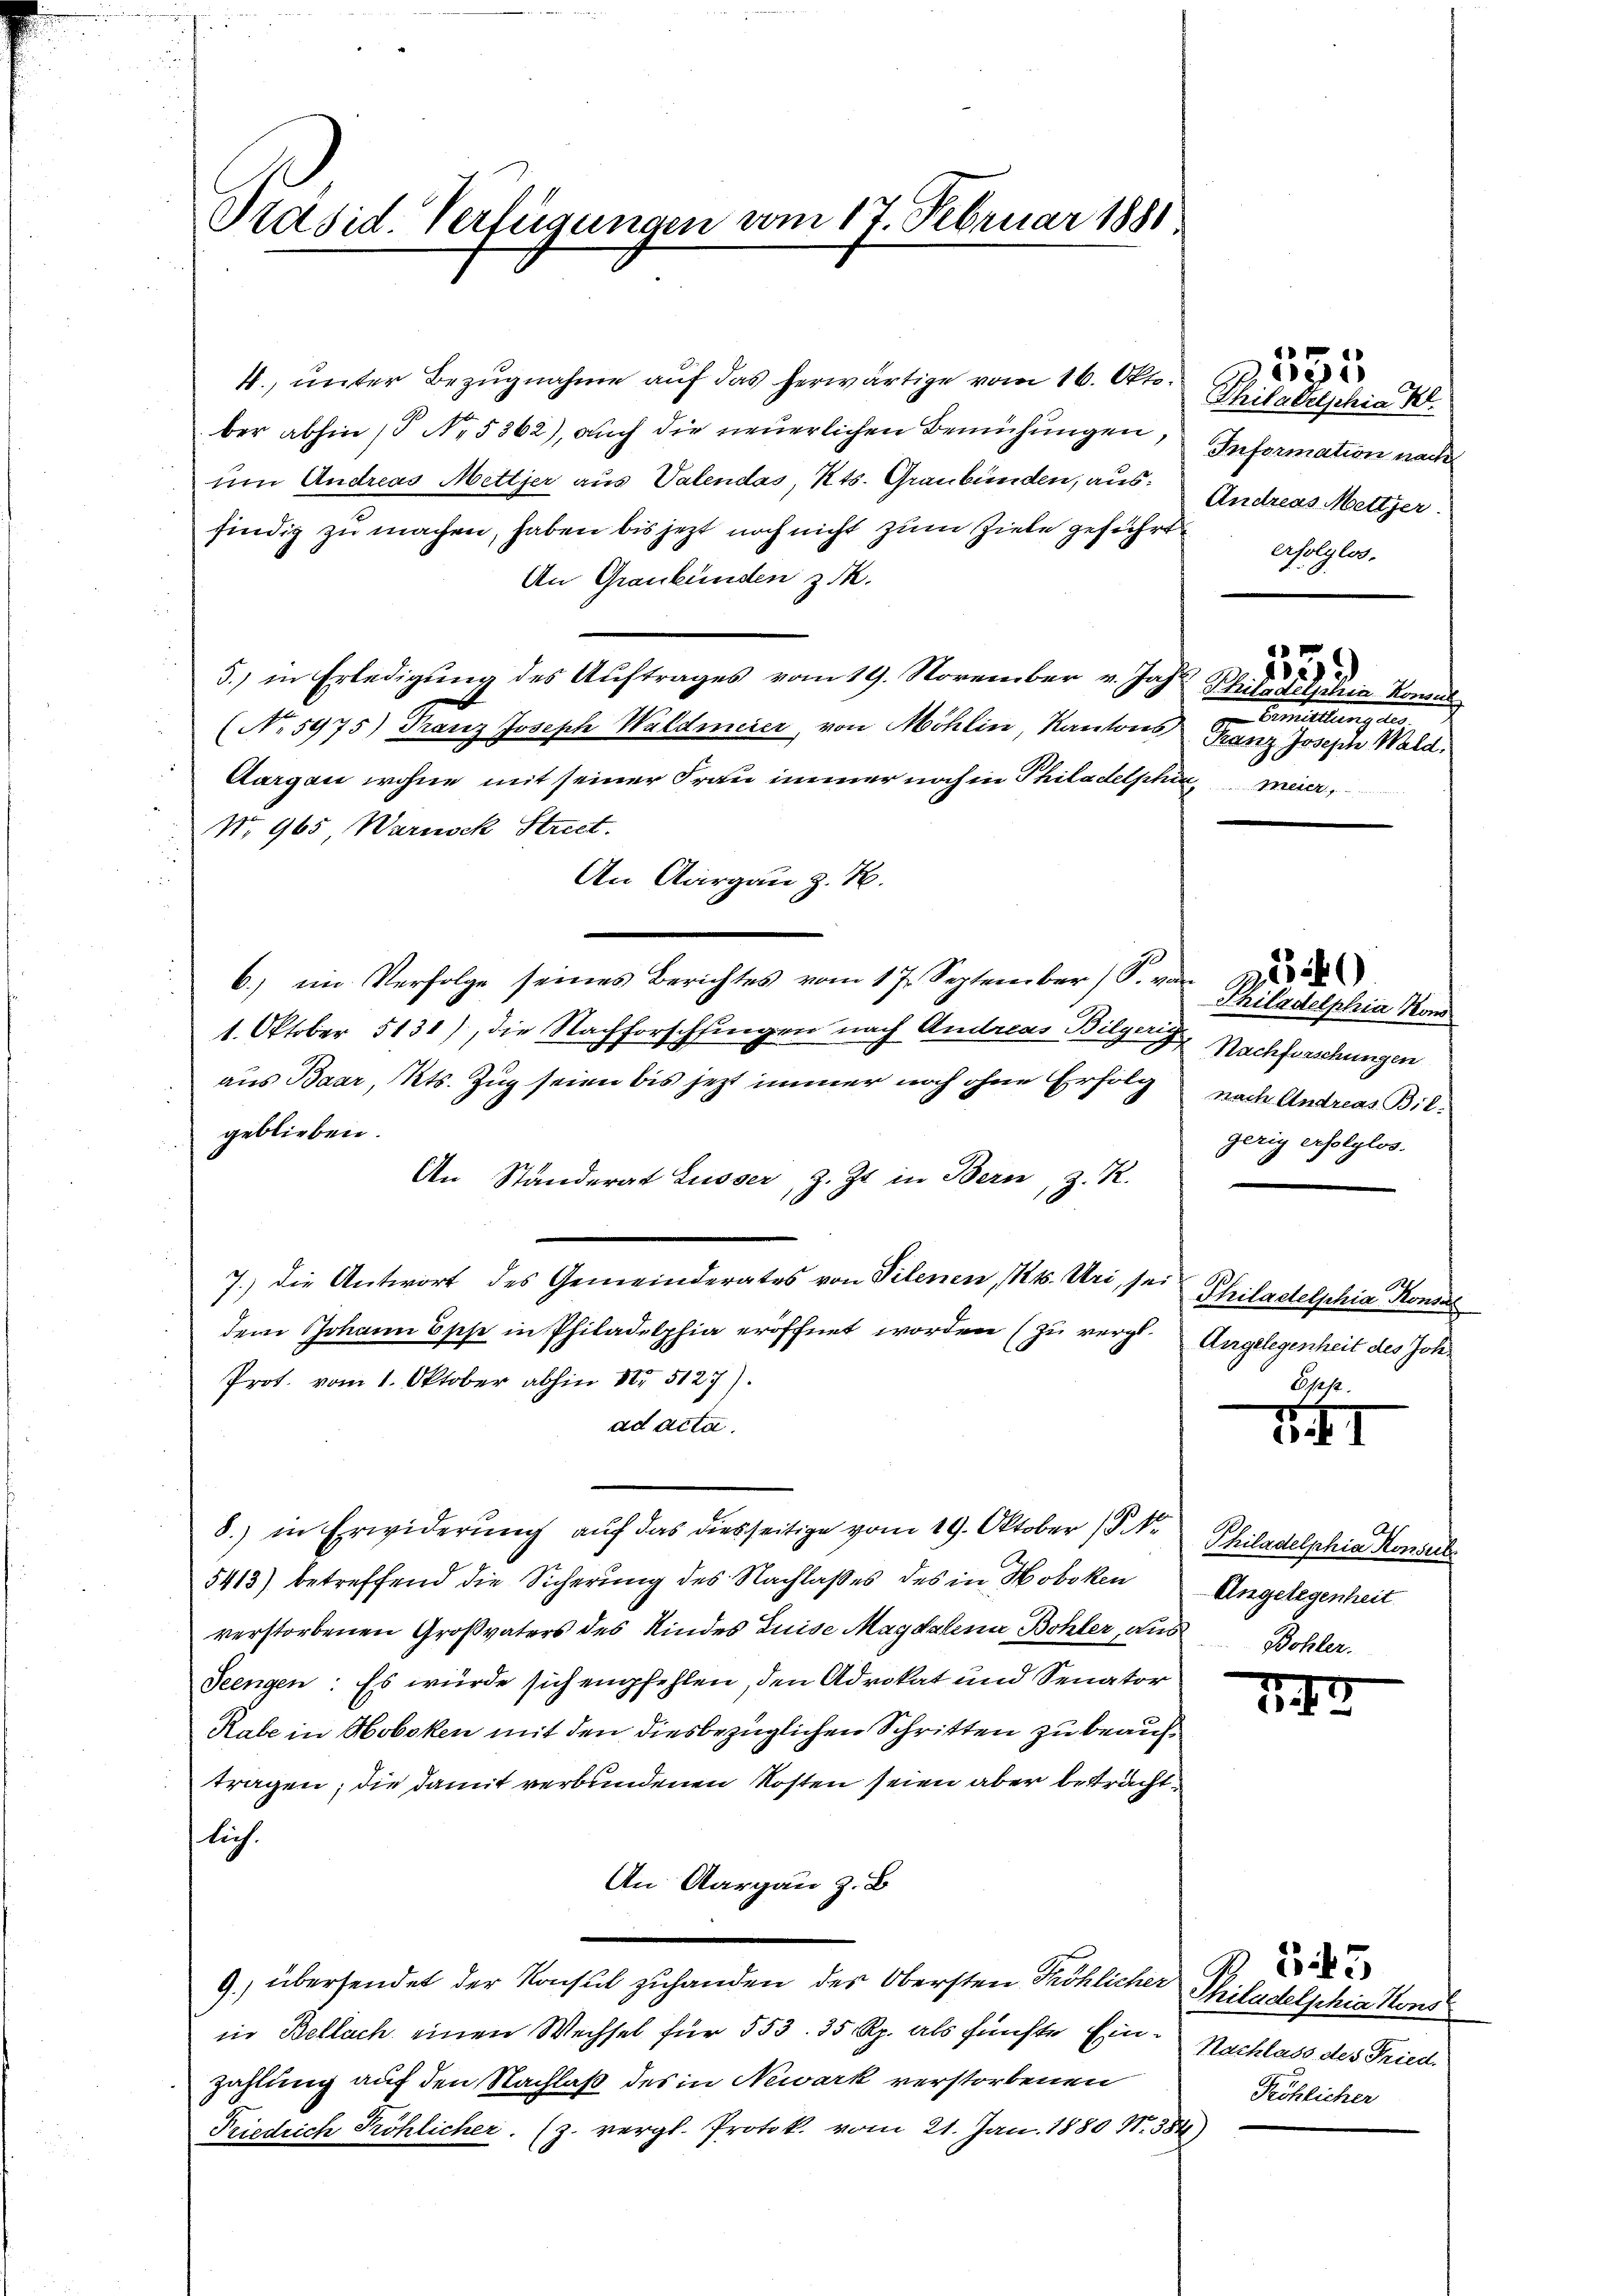
Präsid. Verfügungen vom 17. Februar 1881

4., unter Bezugnahme auf das herwärtige vom 16. Okt.
ber abhin (P No. 5362), auch die neuerlichen Bemühungen, Information nach
um Andreas Metter aus Valendas, Kts. Graubünden, aus: Andreas Mettzer.
findig zu machen, haben bis jezt noch nicht zum Ziele geführt
An Graubünden z.
5.) in Erledigung des Auftrages vom 19. November v. Jahr Phille Felschen Konsul
(No. 5975) Franz Joseph Waldmeier, von Möhlin, Kantons Franz Joseph Wald.
Aargau wohne mit seiner Frau immer noch in Philadelphin, meier,
No 965 Warneck Strict.
An Aargau z. B.
6.) im Verfolge seines Berichtes vom 17. September (S. von 600
1. Oktober 5131), die Nachforschfingen nach Andreas Bilgerig
aus Baar, Kts. Zug seien bis jetzt immer noch ohne Erfolg nach Andreas Bilgeblieben.
An Ständerat Lusser, z. Zt. in Bern, z. R.
7.) Die Antwort des Gemeinderates von Vilenen, 14. Uri, sei
dem Johann Esche in Philadelphia eröffnet worden (zu vergl. Angelegenheit des Joh.
Prot. vom 1. Oktober abhin Nr 5127).
ad acta.
8.) in Erwiderung auf das diesseitige vom 19. Oktober (§. 10
5413) betreffend die Sicherung des Nachlaßes des in Hoboken Angelegenheit
verstorbenen Großvaters des Kindes Luise Magdalena Bohler, aus Bohler.
Seengen: Es würde sich empfehlen, den Advokat und Senator
Rabe in Hoboken mit den diesbezüglichen Schritten zu beauftragen; die damit verbundenen Kosten seien aber betracht
lich.
An Aargau z. B.
9.) übersendet der Konsul zuhanden des Obersten Fröhlicher Philadelschin Kons
in Bellach einen Wechsel für 553. 35 Rp. als fünfte Ein- Nachlass des Fried.
zahlung auf den Nachlaß des in Newark verstorbenen
Friedrich Pröhlicher. (z. vergl. Protok. vom 21. Jan. 1880 N. 387)

Thiladelschia Kl.
erfolglos,

Eallungen

Thiladelphia Mond
Nachforschungen
gerig erfolglos.

Philadelphia Konses
Opest.

XI

1

a
e

3)

35

Philadelphia Konsul

Pröhlicher